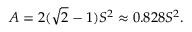
A = 2 ( { \sqrt { 2 } } - 1 ) S ^ { 2 } \approx 0 . 8 2 8 S ^ { 2 } .